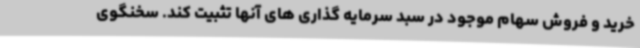
خرید و فروش سهام موجود در سبد سرمایه گذاری های آنها تثبیت کند. سخنگوی